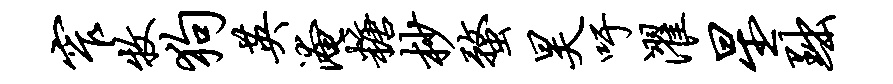
窄牧狗英淹糖杪蝥昊吁濯星黜